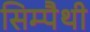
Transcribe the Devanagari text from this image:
सिम्पैथी